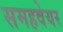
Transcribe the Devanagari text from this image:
समहवेयर